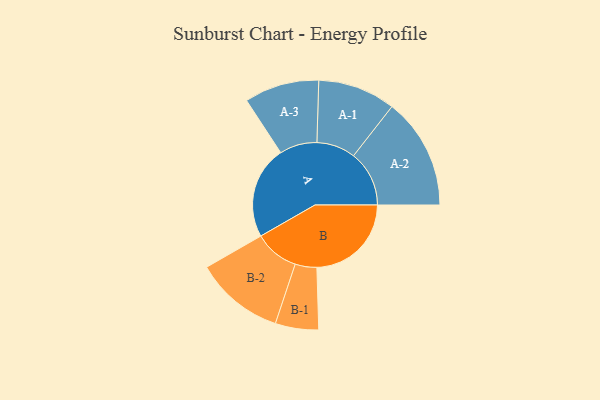
{"axis": {"x": "Segment", "y": "Value"}, "legend": ["", "A", "B"], "data": [{"x": "A", "y": 463, "type": ""}, {"x": "B", "y": 472, "type": ""}, {"x": "A-1", "y": 194, "type": "A"}, {"x": "A-2", "y": 278, "type": "A"}, {"x": "A-3", "y": 187, "type": "A"}, {"x": "B-1", "y": 108, "type": "B"}, {"x": "B-2", "y": 223, "type": "B"}]}